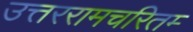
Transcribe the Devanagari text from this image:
उत्तररामचरितम्‍